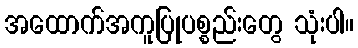
အထောက်အကူပြုပစ္စည်းတွေ သုံးပါ။